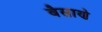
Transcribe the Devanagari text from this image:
बैसाणे